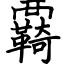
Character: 覉